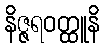
နိဇ္ဇရဝတ္ထူနိ